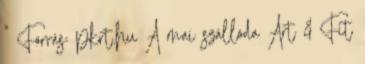
" Forrás: pkrt.hu A mai szálloda Art & Fit